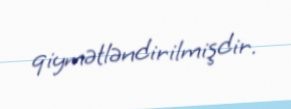
qiymətləndirilmişdir.